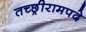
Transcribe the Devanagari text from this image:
तच्छ्रीरामपदे